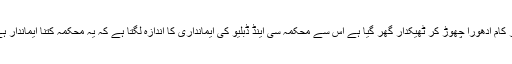
ایک مقامی سماجی کارکن نے کہا کہ آر سی سی پُل پر کام ادھورا چھوڑ کر ٹھیکدار گھر گیا ہے اس سے محکمہ سی اینڈ ڈبلیو کی ایمانداری کا اندازہ لگتا ہے کہ یہ محکمہ کتنا ایماندار ہے اور اس کا عملہ اس ملک کے ساتھ کتنا مخلص ہے۔